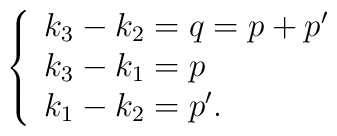
\left\{ \begin{array}{l}k_{3}-k_{2}=q=p+p^{\prime } \\ k_{3}-k_{1}=p \\ k_{1}-k_{2}=p^{\prime }.\end{array}\right.